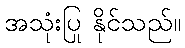
အသုံးပြု နိုင်သည်။